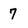
Character: 7